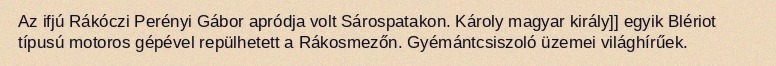
Az ifjú Rákóczi Perényi Gábor apródja volt Sárospatakon. Károly magyar király]] egyik Blériot típusú motoros gépével repülhetett a Rákosmezőn. Gyémántcsiszoló üzemei világhírűek.